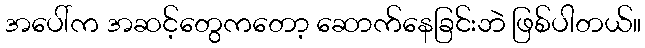
အပေါ်က အဆင့်တွေကတော့ ဆောက်နေခြင်းဘဲ ဖြစ်ပါတယ်။